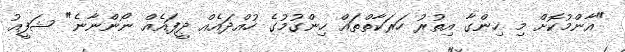
"އާންމުކޮށް މި ހިންގާ އިތުރު ހަރަކާތްތައް ހިންގުމުގެ ހުއްދައެއް ދީފައެއް ނޯންނާނެ" ޝަފީއު